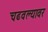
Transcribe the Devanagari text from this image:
चढवल्यावर